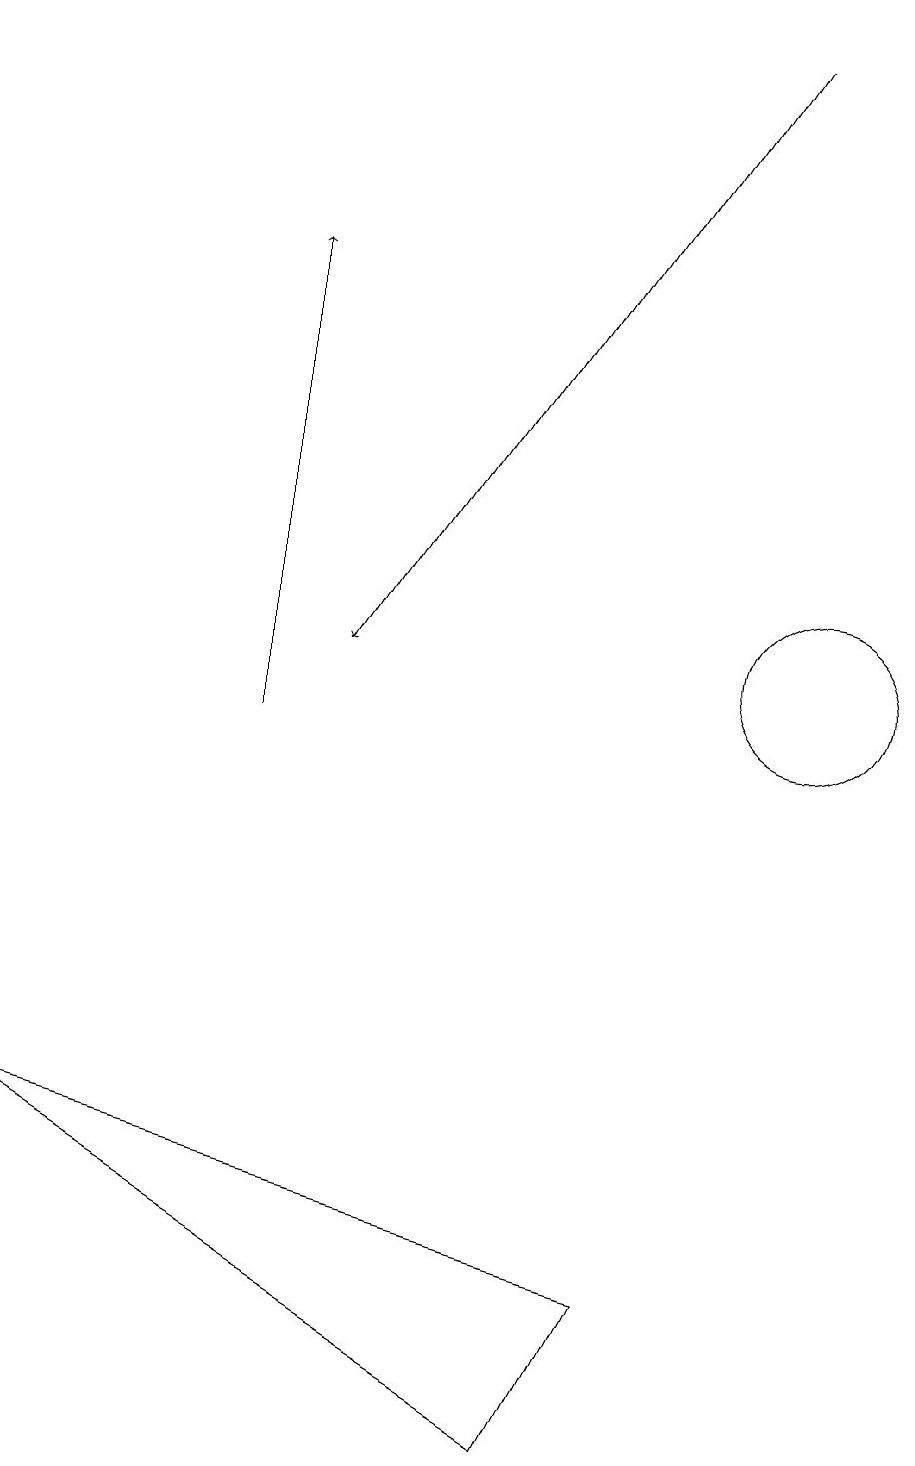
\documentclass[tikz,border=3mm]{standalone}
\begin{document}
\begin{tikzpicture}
\draw[->] (9,19) -- (4,11);
\draw (7,1) -- (8,3) -- (0,5) -- cycle;
\draw[->] (3,10) -- (3,16);
\draw (10,11) circle (1);
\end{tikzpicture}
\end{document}